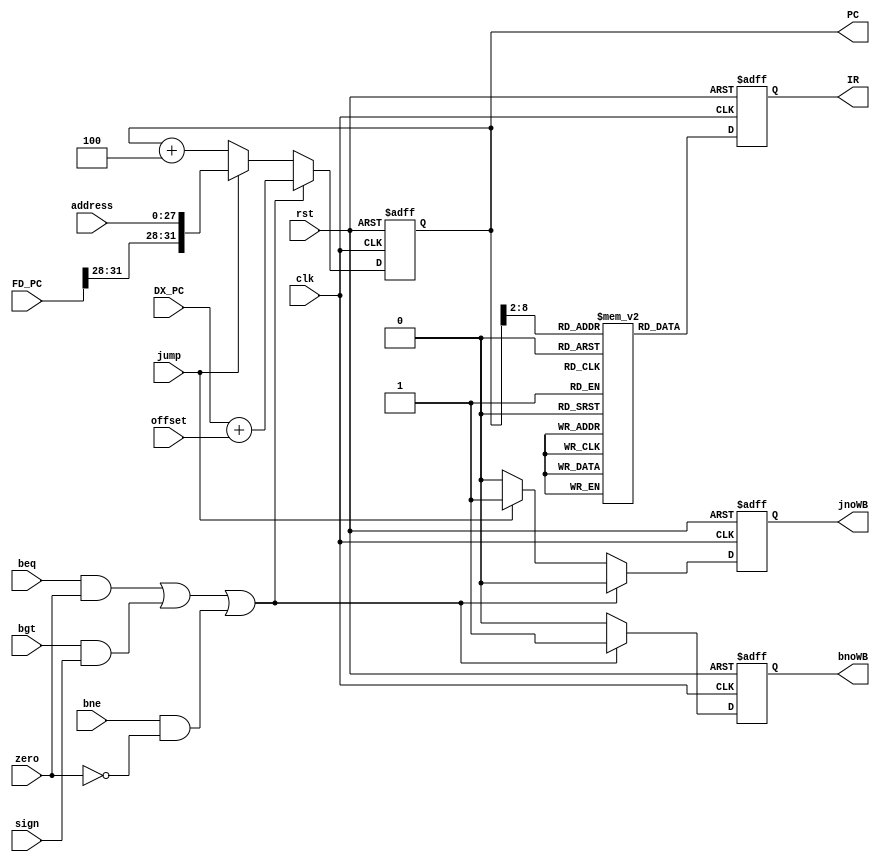
`timescale 1ns/1ps

module INSTRUCTION_FETCH(
	clk,
	rst,
	beq,
	bgt,
	zero,
	bne,	
	offset,
	jump,
	address,
	sign,
	DX_PC,
	FD_PC,
	
	PC,
	IR,
	bnoWB,
	jnoWB
);

input clk, rst,beq,bgt,jump,sign,zero,bne;
input [27:0]address;
input [31:0]offset,DX_PC,FD_PC;
output reg 	[31:0] PC, IR;
output reg  bnoWB,jnoWB;

//instruction memory
reg [31:0] instruction [127:0];

//output instruction
always @(posedge clk or posedge rst)
begin
	if(rst)
		IR <= 32'd0;
	else
		IR <= instruction[PC[10:2]];
end

// output program counter
always @(posedge clk or posedge rst)
begin
	if(rst)
	begin
		PC <= 32'd0;
		bnoWB<=0;
		jnoWB<=0;
	end
	else
	begin
	
		if(beq & zero || bgt & sign || bne & !zero)
		begin
			PC<=DX_PC+offset;
			bnoWB<=1;
			jnoWB<=0;
		end
		else if(jump)
		begin
			PC<={FD_PC[31:28],address};
			bnoWB<=0;
			jnoWB<=1;
		end
		else
		begin
			PC<=PC+4;
			bnoWB<=0;
			jnoWB<=0;
		end
	end
	
end

endmodule